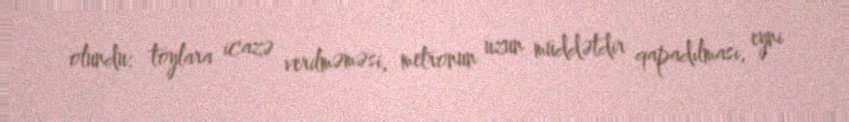
olundu: toylara icazə verilməməsi, metronun uzun müddətdir qapadılması, eyni